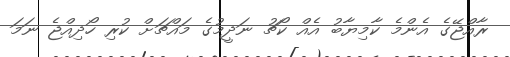
ރާއްޖޭގެ އެންމެ ކާމިޔާބު އެއް ކޯޗު ނަދީމުގެ މައްޗަށް ކުރި ހޯދިއްޖެ ނަމަ